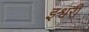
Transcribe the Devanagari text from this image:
इश्वरी